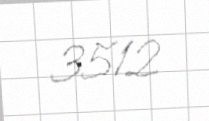
3512